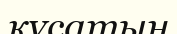
құсатын